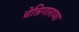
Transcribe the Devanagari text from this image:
चेन्निगाराया